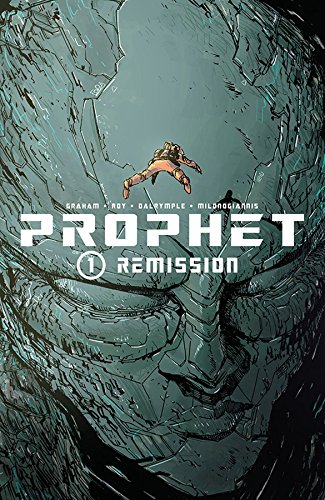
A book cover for Prophet, Vol. 1: Remission; Simon Roy; Science Fiction & Fantasy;